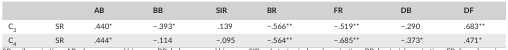
|  |  | AB | BB | SIR | BR | FR | DB | DF |
 | --- | --- | --- | --- | --- | --- | --- | --- | --- |
 | C3 | SR | .440* | −.393* | .139 | −.566** | −.519** | −.290 | .683** |
 | C4 | SR | .444* | −.114 | −.095 | −.564** | −.685** | −.373* | .471* |